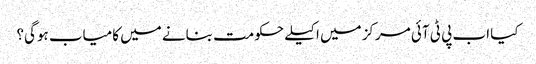
کیا اب پی ٹی آئی مرکز میں اکیلے حکومت بنانے میں کامیاب ہوگی؟